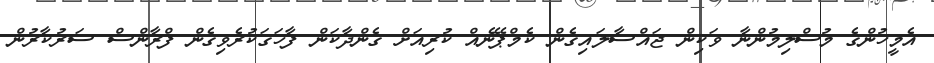
އެމީހުންގެ މުސްލިމުންނާ ވަކިން ޖައްސާލައިގެން ކެމްޕޭނެއް ކުރިއަށް ގެންދާކަން ފާހަގަކުރެވިގެން ފްރާންސް ސަރުކާރުން